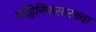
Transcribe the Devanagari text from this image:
बॉट्विनिकसारख्या